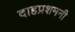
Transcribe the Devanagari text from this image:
दाहप्रशमनी